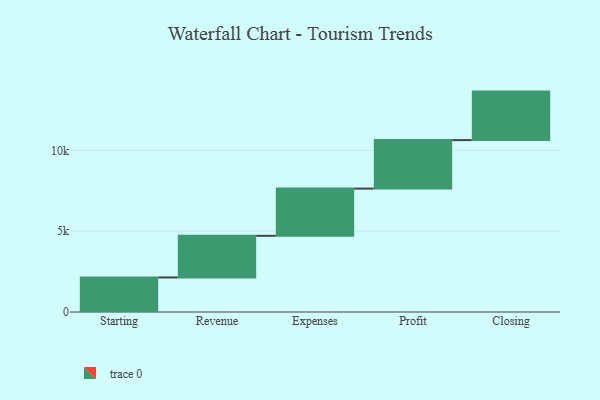
{"axis": {"x": "Step", "y": "Value"}, "legend": [""], "data": [{"x": "Starting", "y": 2138.0, "type": ""}, {"x": "Revenue", "y": 2575.0, "type": ""}, {"x": "Expenses", "y": 2922.0, "type": ""}, {"x": "Profit", "y": 3000, "type": ""}, {"x": "Closing", "y": 3000, "type": ""}]}